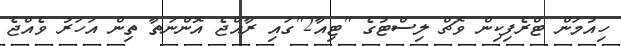
ހިއުމަން ޓްރެފިކިން ވޮޗް ލިސްޓުގެ "ޓިއާ2"ގައި ރާއްޖެ އޮންނަތާ ތިން އަހަރު ވެއްޖެ